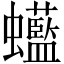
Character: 𧕭